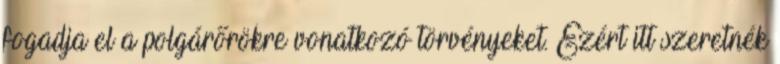
fogadja el a polgárőrökre vonatkozó törvényeket. Ezért itt szeretnék